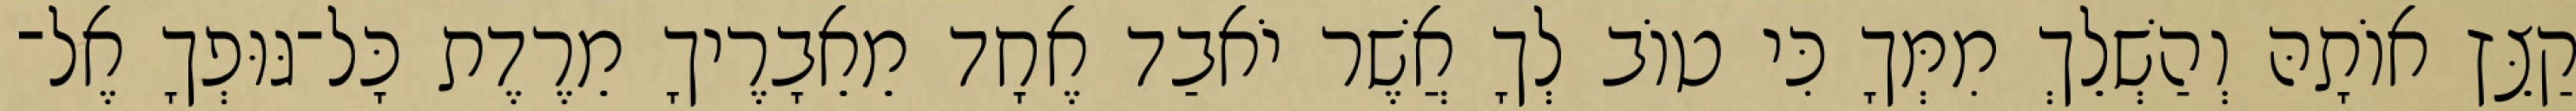
קַצֵּץ אוֹתָהּ וְהַשְׁלֵךְ מִמְּךָ כִּי טוֹב לְךָ אֲשֶׁר יֹאבַד אֶחָד מֵאֵבָרֶיךָ מֵרֶדֶת כָּל־גּוּפְךָ אֶל־